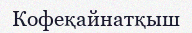
Кофеқайнатқыш